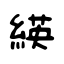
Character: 緓